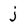
Character: j